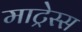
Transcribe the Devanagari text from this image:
माट्रेस्स